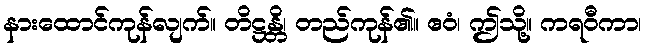
နားထောင်ကုန်လျက်။ တိဋ္ဌန္တိ၊ တည်ကုန်၏။ ဧဝံ၊ ဤသို့။ ကရဝီကာ၊